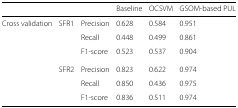
<table><thead><tr><td>[EMPTY_CELL]</td><td>[EMPTY_CELL]</td><td>[EMPTY_CELL]</td><td><b>Baseline</b></td><td><b>OCSVM</b></td><td><b>GSOM-based PUL</b></td></tr></thead><tbody><tr><td>Cross validation</td><td>SFR1</td><td>Precision</td><td>0.628</td><td>0.584</td><td>0.951</td></tr><tr><td>[EMPTY_CELL]</td><td>[EMPTY_CELL]</td><td>Recall</td><td>0.448</td><td>0.499</td><td>0.861</td></tr><tr><td>[EMPTY_CELL]</td><td>[EMPTY_CELL]</td><td>F1-score</td><td>0.523</td><td>0.537</td><td>0.904</td></tr><tr><td>[EMPTY_CELL]</td><td>SFR2</td><td>Precision</td><td>0.823</td><td>0.622</td><td>0.974</td></tr><tr><td>[EMPTY_CELL]</td><td>[EMPTY_CELL]</td><td>Recall</td><td>0.850</td><td>0.436</td><td>0.975</td></tr><tr><td>[EMPTY_CELL]</td><td>[EMPTY_CELL]</td><td>F1-score</td><td>0.836</td><td>0.511</td><td>0.974</td></tr></tbody></table>